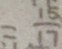
= \frac { 1 5 } { 1 7 }